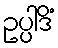
ဥပ္ပါဒိံ